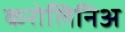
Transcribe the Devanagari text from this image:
करोलिनिअ